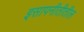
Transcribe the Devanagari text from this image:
इसापनीतीतील